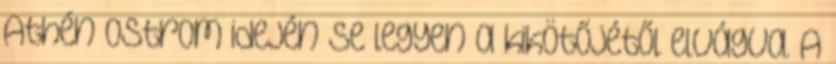
Athén ostrom idején se legyen a kikötőjétől elvágva. A